Lunatic asylums United Prov. 1922-30 - 1922-1930
Year: 1922
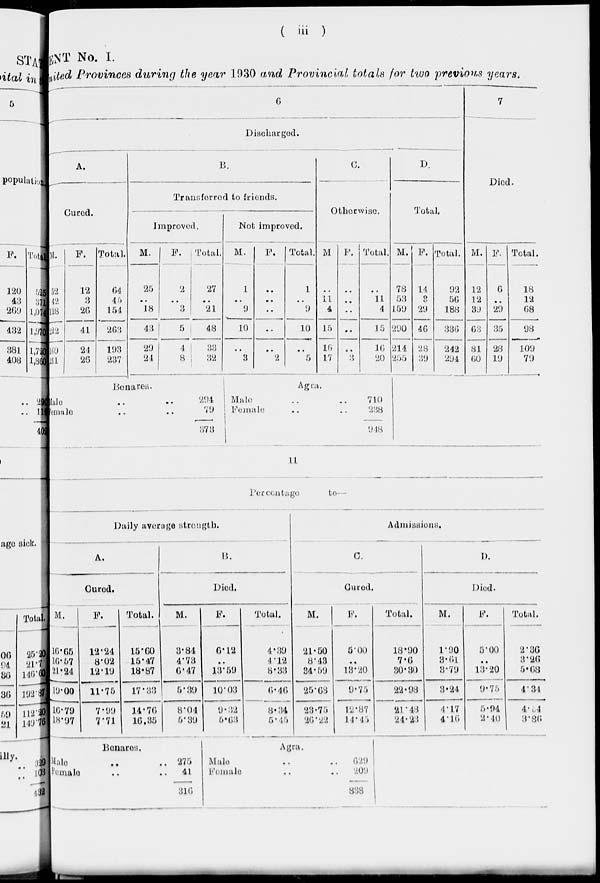
( iii )
MENT No. I.
United Provinces during the year 1930 and Provincial totals for two previous years.
6
Discharged.
A.
Cured.
M.
52
42
128
222
169
211
F.
l2
3
26
41
24
26
Total.
64
45
154
263
193
237
B.
Transferred to friends.
Improved.
M.
25
..
18
43
29
24
F.
2
..
3
5
4
8
Total.
27
..
21
48
33
32
Benares.
Male .. ..
female .. ..
294
79
373
Not improved.
M.
1
..
9
10
..
3
F.
..
..
..
..
..
2
Total.
1
..
9
10
..
5
C.
Otherwise.
M
..
11
4
15
16
17
F.
..
..
..
..
...
3
Total.
..
11
4
15
16
20
Agra.
Male .. ..
Female .. ..
710
238
948
D.
Total.
M.
78
53
159
290
214
255
F.
14
3
29
46
28
39
Total.
92
56
188
336
242
294
7
Died.
M.
12
12
39
63
81
60
F.
6
..
29
35
28
19
Total.
18
12
68
98
109
79
11
Percentage
to—
Daily average strength.
A.
Cured.
M.
16.65
16.57
21.24
19.00
16.79
18.97
F.
12.24
8.02
12.19
11.75
7.99
7.71
Total.
15.60
15.47
18.87
17.33
14.76
16.35
B.
Died.
M.
3.84
4.73
6.47
5.39
8.04
5.39
Benares.
Male .. ..
Female .. ..
275
41
316
F.
6.12
..
13.59
10.03
9.32
5.63
Total.
4.39
4.12
8.33
6.46
8.34
5.45
Admissions.
C.
Cured.
M.
21.50
8.43
34.59
25.68
23.75
26.22
F.
5.00
..
13.20
9.75
12.87
14.45
Agra.
Male .. ..
Female .. ..
629
209
838
Total.
18.90
7.6
30.30
22.98
21.48
24.23
D.
Died.
M.
1.90
3.61
3.79
3.24
4.17
4.16
F.
5.00
..
13.20
9.75
5.94
2.40
Total.
2.36
3.26
5.68
4.34
4.54
3.86